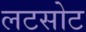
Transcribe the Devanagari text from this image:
लटसोट